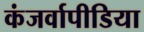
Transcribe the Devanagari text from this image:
कंजर्वापीडिया